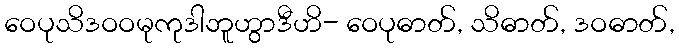
ဝေပုသိဒဝဝမုကုဒါဘူဟွာဒီဟိ- ဝေပုဓာတ်, သိဓာတ်, ဒဝဓာတ်,